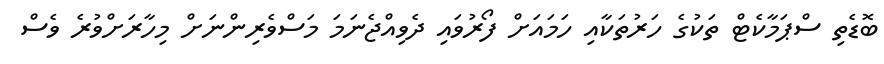
ބޮޑެތި ސްޕަމާކެޓް ތަކުގެ ހަރުތަކާއި ހަމައަށް ފޯރުވައި ދެވިއްޖެނަމަ މަސްވެރިންނަށް މިހާރަށްވުރެ ވެސް